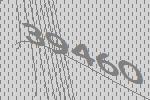
39460